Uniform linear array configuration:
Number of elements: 16
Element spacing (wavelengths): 0.25
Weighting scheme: binomial
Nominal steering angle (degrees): -15
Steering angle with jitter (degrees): -15.261
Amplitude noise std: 0.05
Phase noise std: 0.05

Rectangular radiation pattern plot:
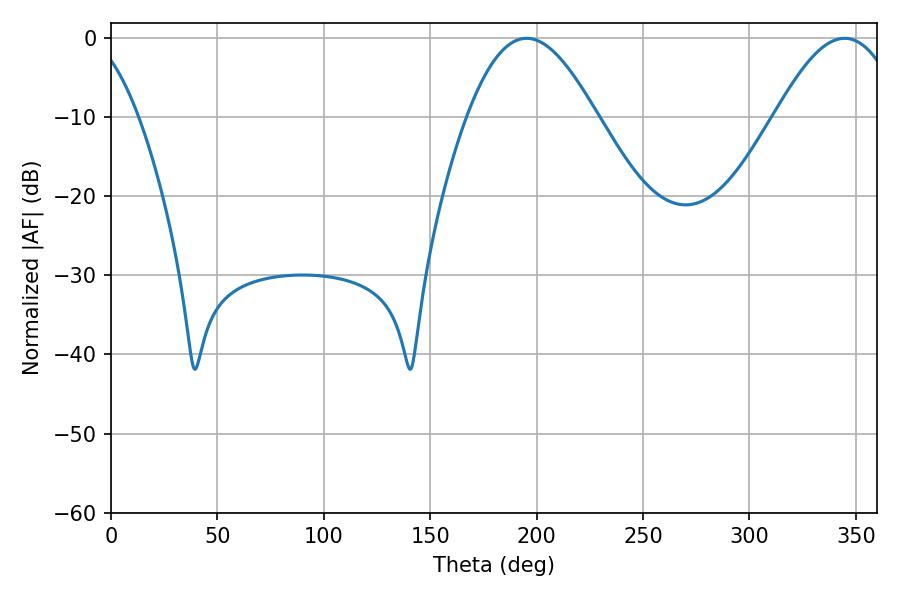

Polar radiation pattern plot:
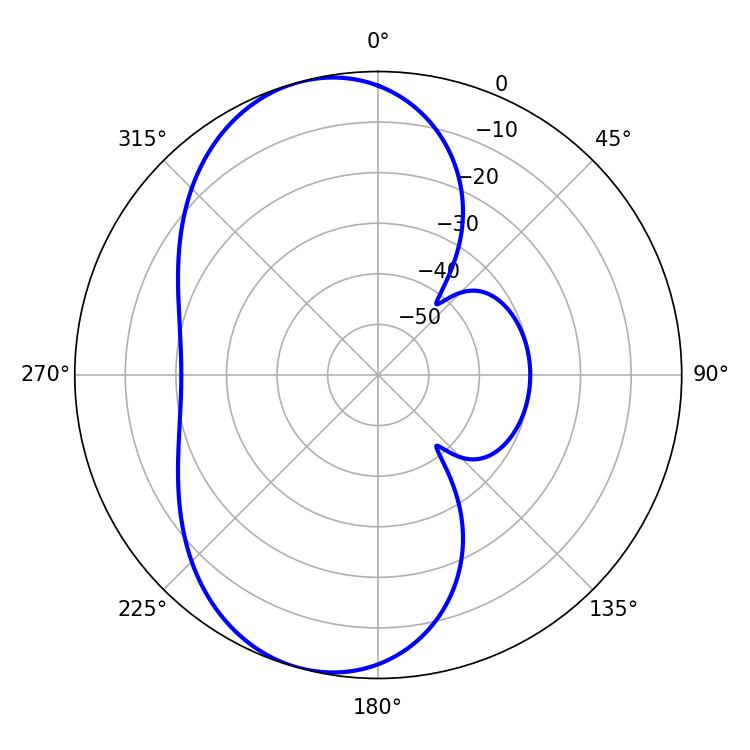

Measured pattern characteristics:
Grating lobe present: FALSE
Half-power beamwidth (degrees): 32.76
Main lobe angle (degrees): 195.3